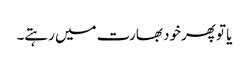
یا تو پھرخود بھارت میں رہتے۔